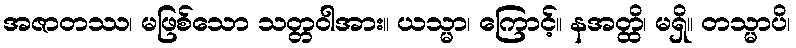
အဇာတဿ၊ မဖြစ်သော သတ္တဝါအား။ ယသ္မာ၊ ကြောင့်။ နအတ္ထိ၊ မရှိ။ တသ္မာပိ၊